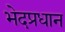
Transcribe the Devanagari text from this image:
भेदप्रधान